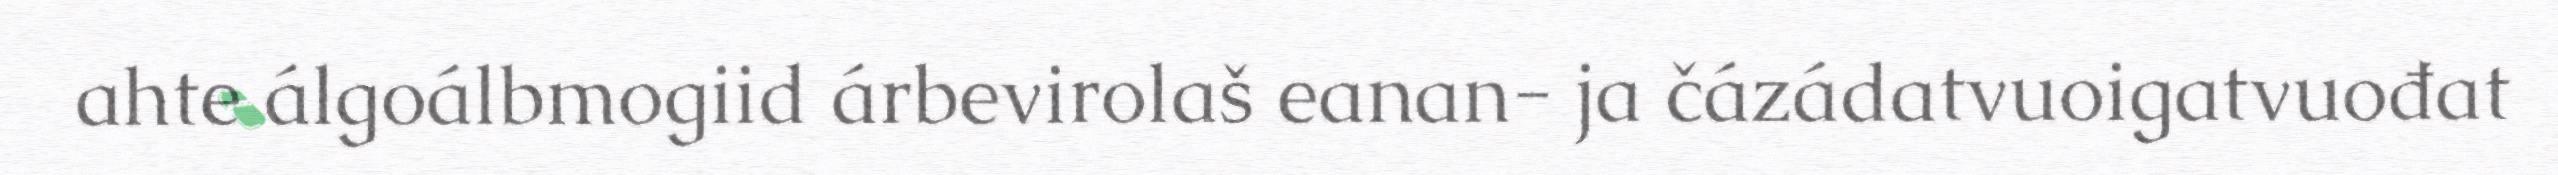
ahte álgoálbmogiid árbevirolaš eanan- ja čázádatvuoigatvuođat